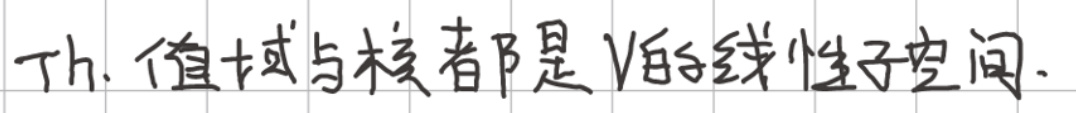
Th. 值域与核都是V的线性子空间.